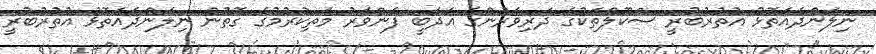
ނިލަންދެއަތޮޅު އުތުރުބުރީ ސްކޫލްތަކުގެ ދަރިވަރުންގެ އަދަބީ ފެންވަރު މަތިކުރުމުގެ ގޮތުން ނިލަންދެއަތޮޅު އުތުރުބުރީ